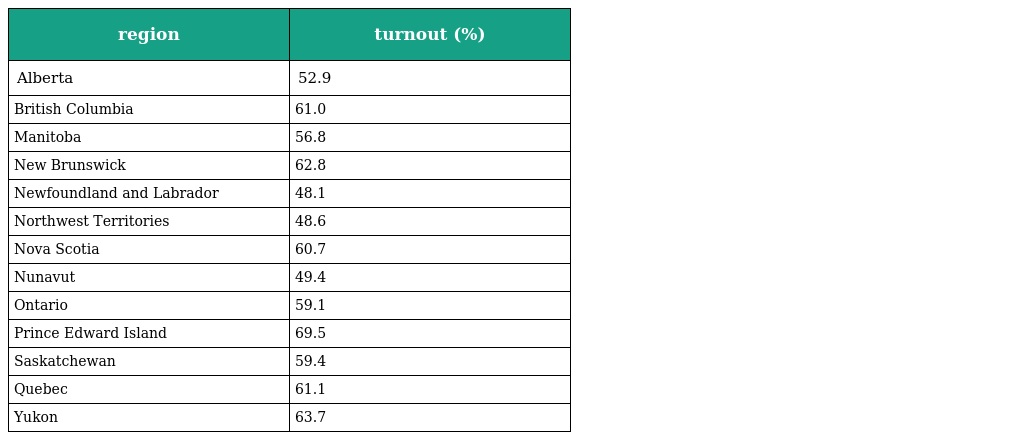
| region | turnout (%) |
 | --- | --- |
 | Alberta | 52.9 |
 | British Columbia | 61.0 |
 | Manitoba | 56.8 |
 | New Brunswick | 62.8 |
 | Newfoundland and Labrador | 48.1 |
 | Northwest Territories | 48.6 |
 | Nova Scotia | 60.7 |
 | Nunavut | 49.4 |
 | Ontario | 59.1 |
 | Prince Edward Island | 69.5 |
 | Saskatchewan | 59.4 |
 | Quebec | 61.1 |
 | Yukon | 63.7 |